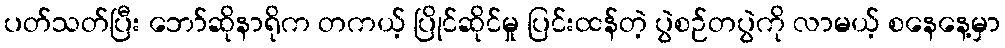
ပတ်သတ်ပြီး ဘော်ဆိုနာရိုက တကယ့် ပြိုင်ဆိုင်မှု ပြင်းထန်တဲ့ ပွဲစဉ်တပွဲကို လာမယ့် စနေနေ့မှာ